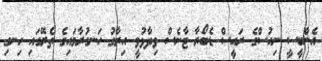
އެންބީސީ ނިއުސްގެ ރައީސް ޑެބޯރާ ޓާނެސް ވިދާޅުވީ އިރާގު ހަނގުރާމައިގެ ތެރޭގައި ހިނގި